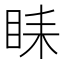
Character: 𥅦